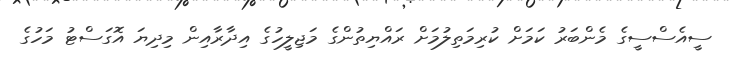
ސީއެސްސީގެ މެންބަރު ކަމަށް ކުރިމަތިލުމަށް ރައްޔިތުންގެ މަޖިލީހުގެ އިދާރާއިން މިދިޔަ އޮގަސްޓު މަހުގެ